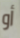
أو